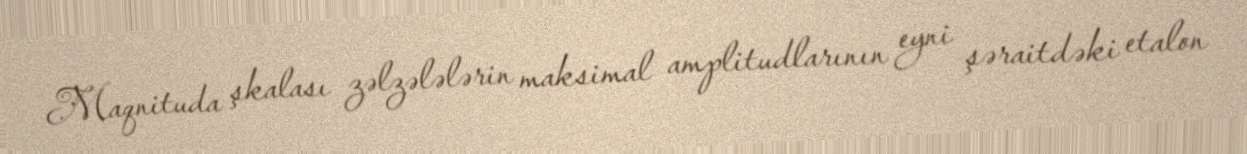
Maqnituda şkalası zəlzələlərin maksimal amplitudlarının eyni şəraitdəki etalon